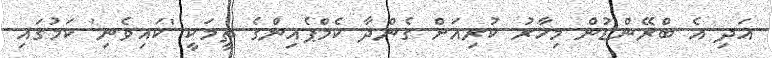
އަދި އެ ބްރޭންޑުން މިހާރު ކުރިއަށް ގެންދާ ކެމްޕެއިންގެ ތީމަކީ 'ކައިވެނި' ކަމުގައި